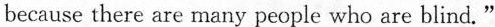
because there are many people who are blind."